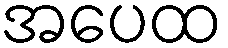
အပေထ